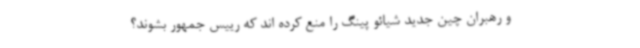
و رهبران چین جدید شیائو پینگ را منع کرده اند که رییس جمهور بشوند؟